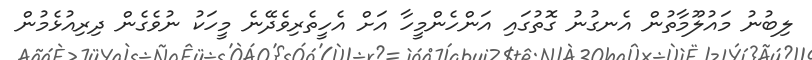
ލިބުނު މައުލޫމާތުން އެނގުނު ގޮތުގައި އަންހެންމީހާ އަށް އެހީތެރިވެދޭނެ މީހަކު ނުވެގެން ދިރިއުޅެމުން